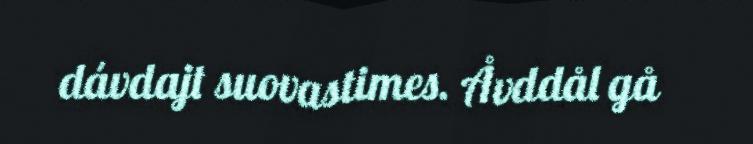
dávdajt suovastimes. Åvddål gå